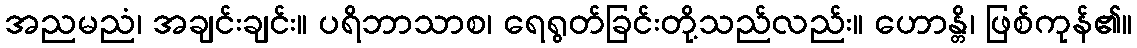
အညမညံ၊ အချင်းချင်း။ ပရိဘာသာစ၊ ရေရွတ်ခြင်းတို့သည်လည်း။ ဟောန္တိ၊ ဖြစ်ကုန်၏။